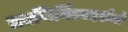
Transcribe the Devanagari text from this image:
तरणिर्विश्वदर्शतो